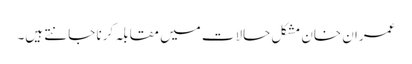
عمران خان مشکل حالات میں مقابلہ کرنا جانتے ہیں۔